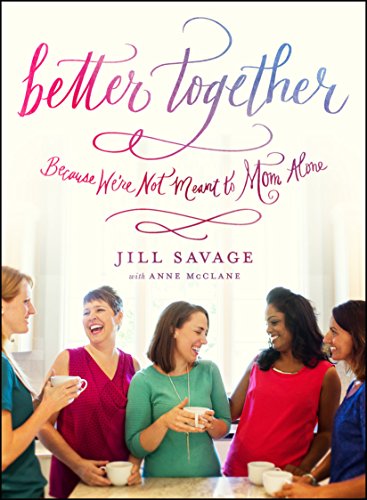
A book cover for Better Together: Because You're Not Meant to Mom Alone; Jill Savage; Parenting & Relationships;